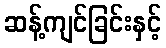
ဆန့်ကျင်ခြင်းနှင့်